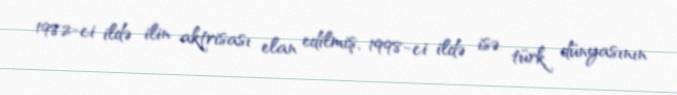
1982-ci ildə ilin aktrisası elan edilmiş, 1998-ci ildə isə türk dünyasının